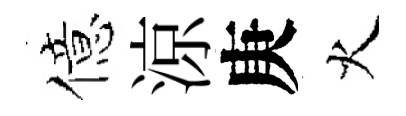
億涼庚火